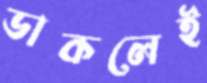
ডাকলেই